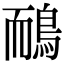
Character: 鴯